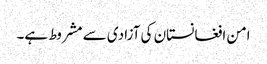
امن افغانستان کی آزادی سے مشروط ہے۔